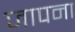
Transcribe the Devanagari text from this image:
जापना